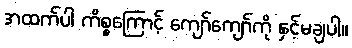
အထက်ပါ ကိစ္စကြောင့် ကျော်ကျော်ကို နှင့်မချပါ။